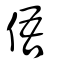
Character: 俉